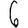
Digit: 6